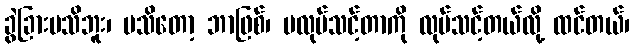
ခွဲခြားမသိဘူး၊ မသိတော့ ဘာဖြစ်၊ မလုပ်သင့်တာကို လုပ်သင့်တယ်လို့ ထင်တယ်၊